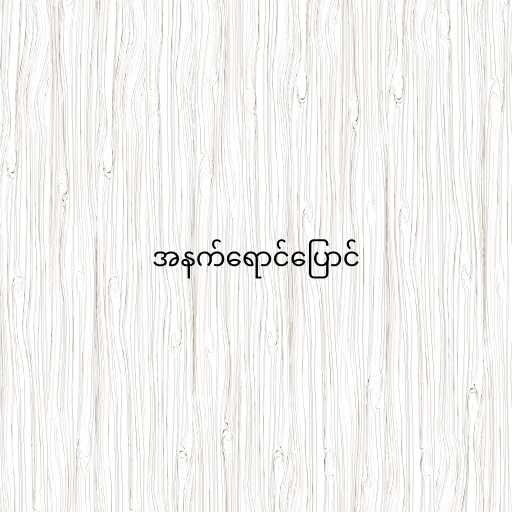
အနက်ရောင်ပြောင်